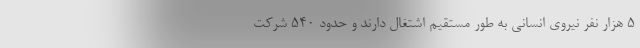
5 هزار نفر نیروی انسانی به طور مستقیم اشتغال دارند و حدود 540 شرکت